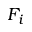
F _ { i }